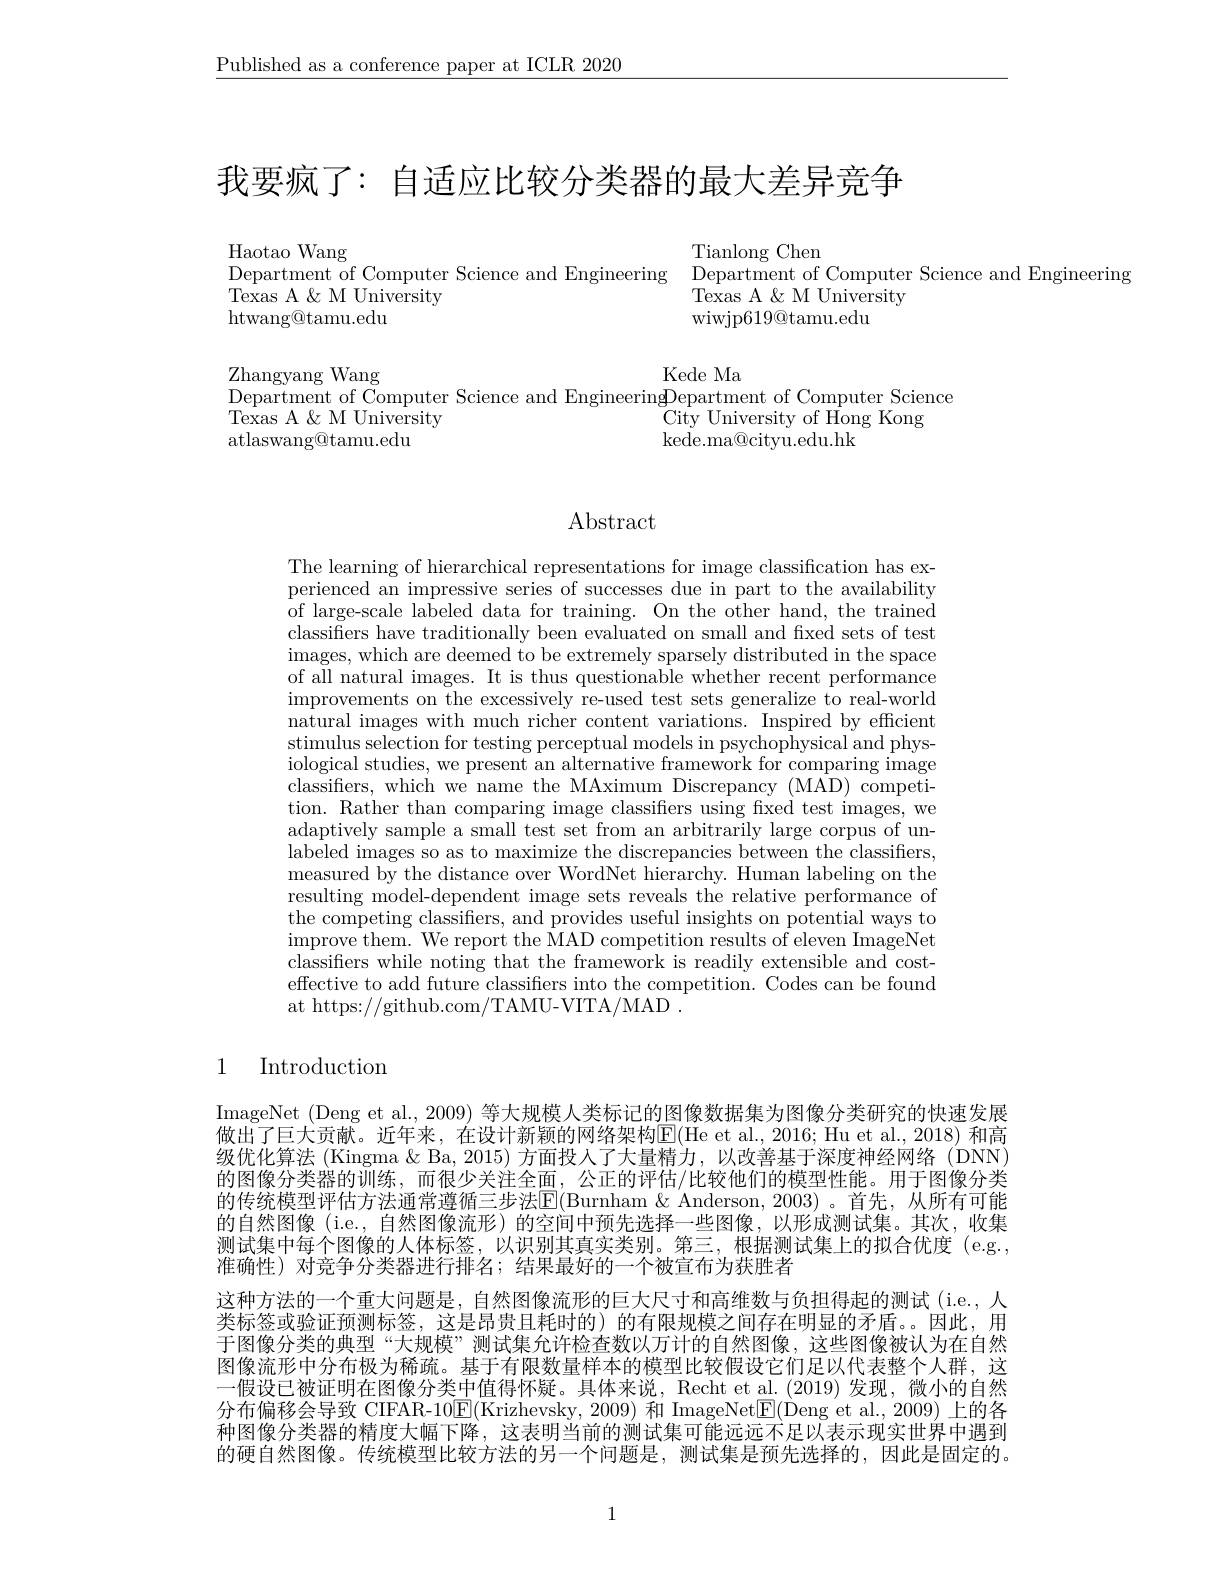
$\underline{\text{Published as a conference paper at ICLR 2020}}$

我要疯了：自适应比较分类器的最大差异竞争

Haotao Wang
Tianlong Chen
Department of Computer Science and Engineering Department of Computer Science and Engineering
Texas A & M University
$\bar{\text{Texas A }\&}$M University
htwang@tamu.edu
wiwjp619@tamu.edu

Kede Ma
$\underset{\Gamma}{\operatorname*{\text{Zhangyang Wang}}}$
Department of Computer Science and EngineeringDepartment of Computer Science
$\tilde{\text{Texas A }\&}$M University
$\mathop{\mathrm{City~University~of~Hong~Kong}}$
atlaswang@tamu.edu
kede. ma@ cityu. edu. hk

Abstract

The learning of hierarchical representations for image classification has experienced an impressive series of successes due in part to the availability of large-scale labeled data for training. On the other hand, the trained classifiers have traditionally been evaluated on small and fixed sets of test images, which are deemed to be extremely sparsely distributed in the space of all natural images. It is thus questionable whether recent performance improvements on the excessively re-used test sets generalize to real-world natural images with much richer content variations. Inspired by efficient stimulus selection for testing perceptual models in psychophysical and physiological studies, we present an alternative framework for comparing image classifiers, which we name the MAximum Discrepancy (MAD) competition. Rather than comparing image classifiers using fixed test images, we adaptively sample a small test set from an arbitrarily large corpus of unlabeled images so as to maximize the discrepancies between the classifiers, measured by the distance over WordNet hierarchy. Human labeling on the resulting model-dependent image sets reveals the relative performance of the competing classifiers, and provides useful insights on potential ways to improve them. We report the MAD competition results of eleven ImageNet classifiers while noting that the framework is readily extensible and costeffective to add future classifiers into the competition. Codes can be found at https://github.com/TAMU-VITA/MAD~.

# 1 Introduction

ImageNet (Deng et al., 2009) 等大规模人类标记的图像数据集为图像分类研究的快速发展做出了巨大贡献。近年来，在设计新颖的网络架构$\overline{\mathrm{E}}($He et al., 2016; Hu et al., 2018) 和高级优化算法 (Kingma & Ba, 2015) 方面投入了大量精力，以改善基于深度神经网络 (DNN) 的图像分类器的训练，而很少关注全面，公正的评估/比较他们的模型性能。用于图像分类的传统模型评估方法通常遵循三步法E(Burnham &Anderson,2003)。首先，从所有可能的自然图像 (i.e., 自然图像流形) 的空间中预先选择一些图像，以形成测试集。其次，收集测试集中每个图像的人体标签，以识别其真实类别。第三，根据测试集上的拟合优度(e.g., 准确性)对竞争分类器进行排名；结果最好的一个被宣布为获胜者
这种方法的一个重大问题是，自然图像流形的巨大尺寸和高维数与负担得起的测试(i.e.,人类标签或验证预测标签，这是昂贵且耗时的) 的有限规模之间存在明显的矛盾。因此，用于图像分类的典型“大规模”测试集允许检查数以万计的自然图像，这些图像被认为在自然图像流形中分布极为稀疏。基于有限数量样本的模型比较假设它们足以代表整个人群，这一假设已被证明在图像分类中值得怀疑。具体来说，Recht et al.(2019)发现，微小的自然分布偏移会导致 CIFAR-10$\boxed{\mathrm{E}}($Krizhevsky, 2009) 和 ImageNet$\boxed{\mathrm{E}}($Deng et al., 2009) 上的各种图像分类器的精度大幅下降，这表明当前的测试集可能远远不足以表示现实世界中遇到的硬自然图像。传统模型比较方法的另一个问题是，测试集是预先选择的，因此是固定的。

1